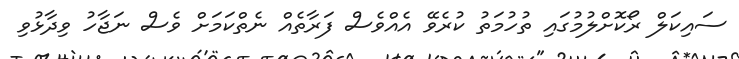
ސައިކަލް ރޯކޮށްލުމުގައި ތުހުމަތު ކުރެވޭ އެއްވެސް ފަރާތެއް ނެތްކަމަށް ވެސް ނަޖާހު ވިދާޅުވި